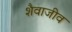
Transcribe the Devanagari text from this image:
शैवाजीव